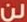
لن